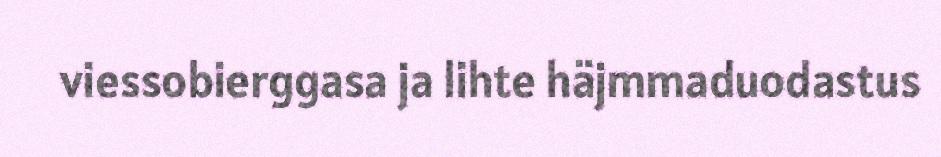
viessobierggasa ja lihte häjmmaduodastus